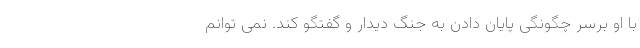
با او برسر چگونگی پایان دادن به جنگ دیدار و گفتگو کند. نمی توانم